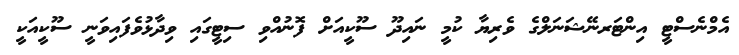
އެމްނެސްޓީ އިންޓަރނޭޝަނަލްގެ ވެރިޔާ ކުމީ ނައިދޫ ސޫކީއަށް ފޮނުއްވި ސިޓީގައި ވިދާޅުވެފައިވަނީ ސޫކީއަކީ